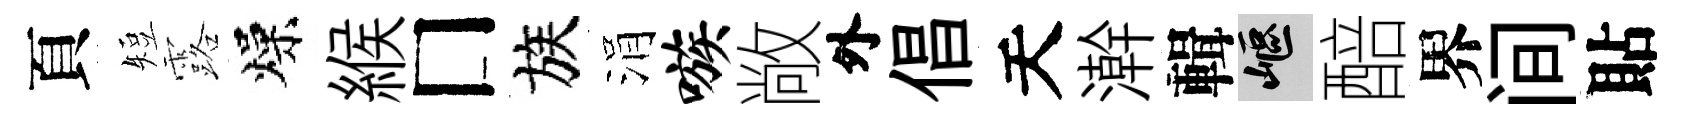
頁短露燥緱□族涓嗾敞外倡天澣輯嶇醅界间貼